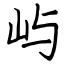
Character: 屿